Civil Veterinary Department. Central Provinces & Berar 1932-41 - 1932-1941
Year: 1932
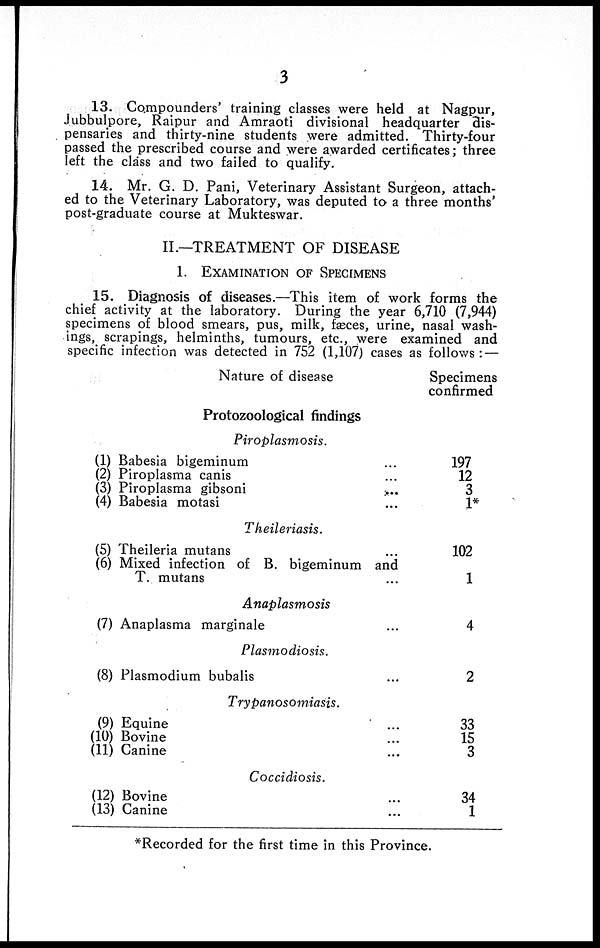
3
13. Compounders' training classes were held at Nagpur,
Jubbulpore, Raipur and Amraoti divisional headquarter dis-
pensaries and thirty-nine students were admitted. Thirty-four
passed the prescribed course and were awarded certificates; three
left the class and two failed to qualify.
14. Mr. G. D. Pani, Veterinary Assistant Surgeon, attach-
ed to the Veterinary Laboratory, was deputed to a three months'
post-graduate course at Mukteswar.
II.—TREATMENT OF DISEASE
1. EXAMINATION OF SPECIMENS
15. Diagnosis of diseases.—This item of work forms the
chief activity at the laboratory. During the year 6,710 (7,944)
specimens of blood smears, pus, milk, fæces, urine, nasal wash-
ings, scrapings, helminths, tumours, etc., were examined and
specific infection was detected in 752 (1,107) cases as follows: —
Nature of disease
Protozoological findings
Piroplasmosis.
(1) Babesia bigeminum ...
(2) Piroplasma canis ...
(3) Piroplasma gibsoni ...
(4) Babesia motasi ...
Theileriasis.
(5) Theileria mutans ...
(6) Mixed infection of B. bigeminum and
T. mutans ...
Anaplasmosis
(7) Anaplasma marginale ...
Plasmodiosis.
(8) Plasmodium bubalis ...
Trypanosomiasis.
(9) Equine ...
(10) Bovine ...
(11) Canine ...
Coccidiosis. ...
(12) Bovine ...
(13) Canine ...
Specimens
confirmed
197
12
3
1*
102
1
4
2
33
15
3
34
1
*Recorded for the first time in this Province.